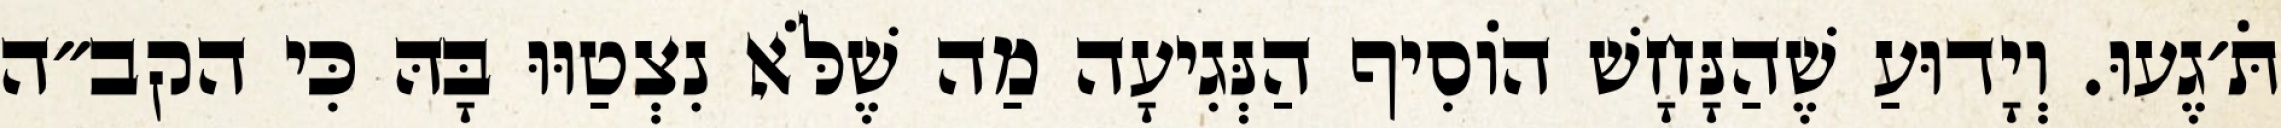
תֹּ׳גֶעוּ. וְיָדוּעַ שֶׁהַנָּחָשׁ הוֹסִיף הַנְּגִיעָה מַה שֶׁלֹּא נִצְטַוּוּ בָּהּ כִּי הקב״ה